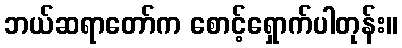
ဘယ်ဆရာတော်က စောင့်ရှောက်ပါတုန်း။